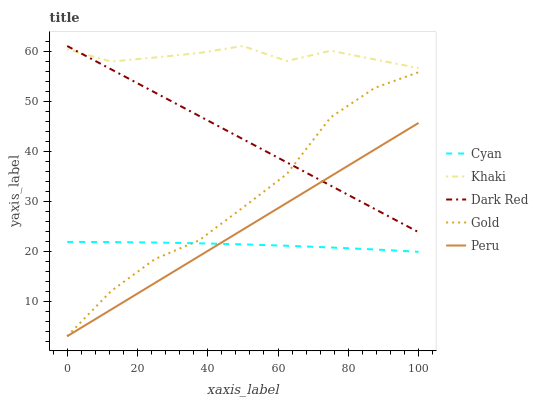
| xaxis_label | Cyan | Khaki | Dark Red | Gold | Peru |
 | --- | --- | --- | --- | --- | --- |
 | 0 | 21.9 | 60.4 | 61 | 3 | 3 |
 | 12.5 | 21.8 | 57.9 | 56.3 | 12 | 8.33 |
 | 25 | 21.7 | 58.7 | 51.7 | 18.4 | 13.7 |
 | 37.5 | 21.6 | 59.6 | 47 | 22.2 | 19 |
 | 50 | 21.4 | 61 | 42.4 | 28.7 | 24.3 |
 | 62.5 | 21.1 | 58 | 37.7 | 35.4 | 29.6 |
 | 75 | 20.7 | 60.1 | 33.1 | 46.8 | 35 |
 | 87.5 | 20.3 | 58.3 | 28.4 | 52.6 | 40.3 |
 | 100 | 19.9 | 56.6 | 23.8 | 55.8 | 45.6 |